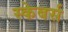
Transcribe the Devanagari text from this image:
स्केबर्स